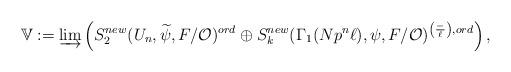
LaTeX: \begin{align*}\mathbb{V} :=\varinjlim \left( S_2^{new}(U_n,\widetilde{\psi},F/\mathcal{O})^{ord}\oplus S_k^{new}(\Gamma_1(Np^n\ell),\psi,F/\mathcal{O})^{\left(\frac{-}{\ell}\right),ord}\right),\end{align*}